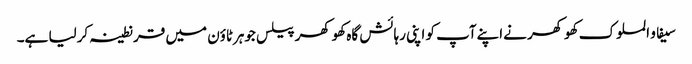
سیفاو الملوک کھوکھر نےاپنےآپ کو اپنی رہائش گاہ کھوکھر پیلس جوہرٹاؤن میں قرنطینہ کرلیا ہے۔